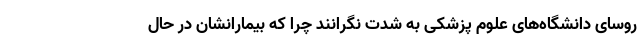
روسای دانشگاه‌های علوم پزشکی به شدت نگرانند چرا که بیمارانشان در حال